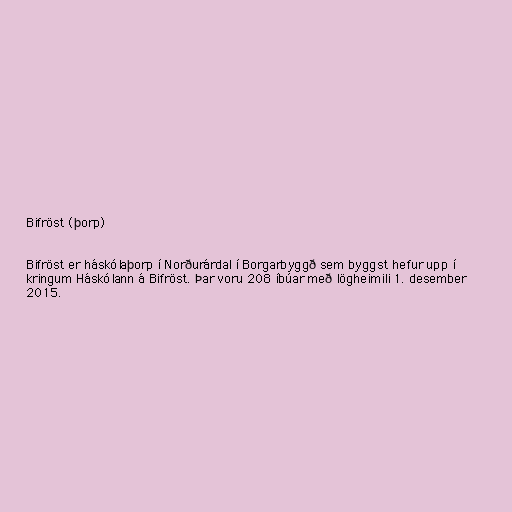
Bifröst (þorp)

Bifröst er háskólaþorp í Norðurárdal í Borgarbyggð sem byggst hefur upp í
kringum Háskólann á Bifröst. Þar voru 208 íbúar með lögheimili 1. desember
2015.